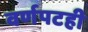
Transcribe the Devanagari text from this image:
वर्णपटही